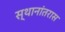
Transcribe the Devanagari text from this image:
स्थानांतरास